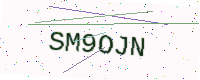
Text: SM9OJN